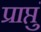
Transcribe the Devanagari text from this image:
प्राप्तुं